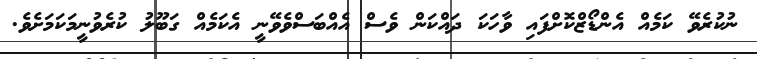
ނުކުރެވޭ ކަމެއް އެންޑޯޒްކޮށްފައި ވާހަކަ ދައްކަން ވެސް އެއްބަސްވެވޭނީ އެކަމެއް ގަބޫލު ކުރެވުނީމަކަމަށެވެ.